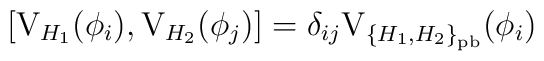
\left[ {\rm V}_{H_1} (\phi_i), {\rm V}_{H_2} (\phi_j) \right]= \delta_{ij} {\rm V}_{{\{H_1, H_2\}}_{\rm pb}} (\phi_i)